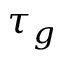
\tau _ { g }